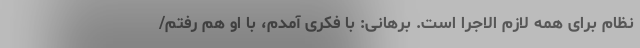
نظام برای همه لازم الاجرا است. برهانی: با فکری آمدم، با او هم رفتم/